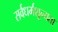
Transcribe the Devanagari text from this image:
सर्वधर्मशून्यता